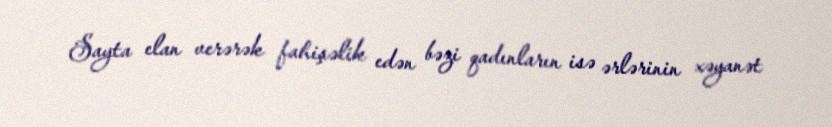
Sayta elan verərək fahişəlik edən bəzi qadınların isə ərlərinin xəyanət